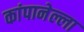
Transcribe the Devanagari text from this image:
कांपानेल्ला